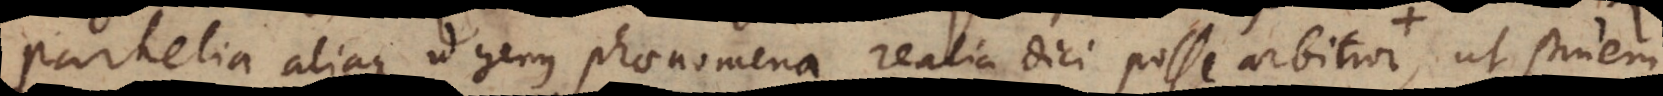
parhelia aliaque id genus phaenomena realia dici posse arbitror, ut struem